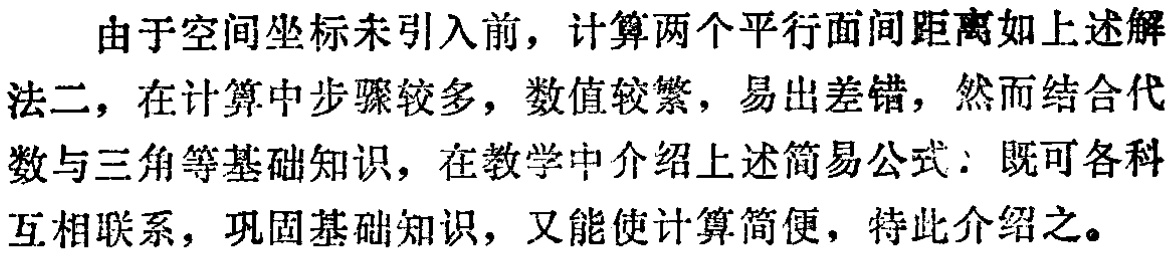
由于空间坐标未引入前，计算两个平行面间距离如上述解法二，在计算中步骤较多，数值较繁，易出差错，然而结合代数与三角等基础知识，在教学中介绍上述简易公式：既可各科互相联系，巩固基础知识，又能使计算简便，特此介绍之。